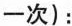
一次):